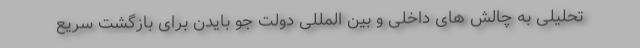
تحلیلی به چالش های داخلی و بین المللی دولت جو بایدن برای بازگشت سریع